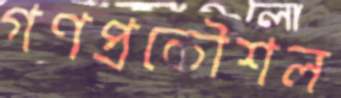
গণপ্রকৌশল